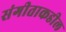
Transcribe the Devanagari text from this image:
संगीताकडील